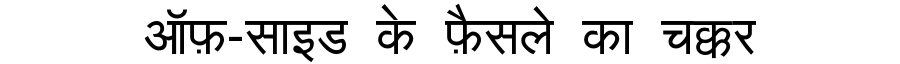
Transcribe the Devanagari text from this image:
ऑफ़-साइड के फ़ैसले का चक्कर